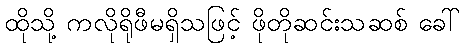
ထိုသို့ ကလိုရိုဖီမရှိသဖြင့် ဖိုတိုဆင်းသဆစ် ခေါ်